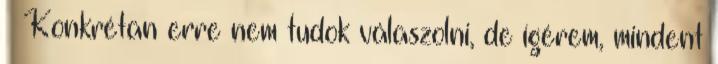
– Konkrétan erre nem tudok válaszolni, de ígérem, mindent